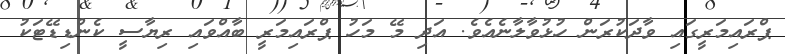
ޕްރައިމަރީގައި ވާދަކުރަން ހުޅުވާލާނެއެވެ. އަދި މޭ މަހު ޕްރައިމަރީ ބާއްވައި ރިޔާސީ ކެންޑިޑޭޓަކު